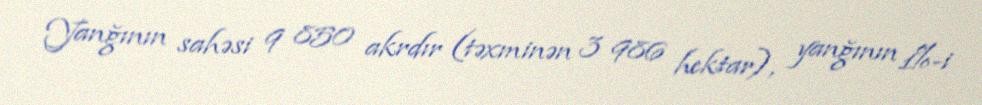
Yanğının sahəsi 9 850 akrdır (təxminən 3 986 hektar), yanğının 1%-i